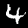
Label: 4